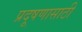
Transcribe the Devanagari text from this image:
प्रदूषणासाठी